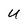
Character: U